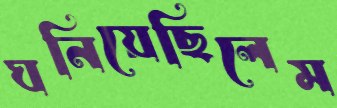
ঘনিয়েছিলেম